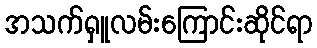
အသက်ရှူလမ်းကြောင်းဆိုင်ရာ